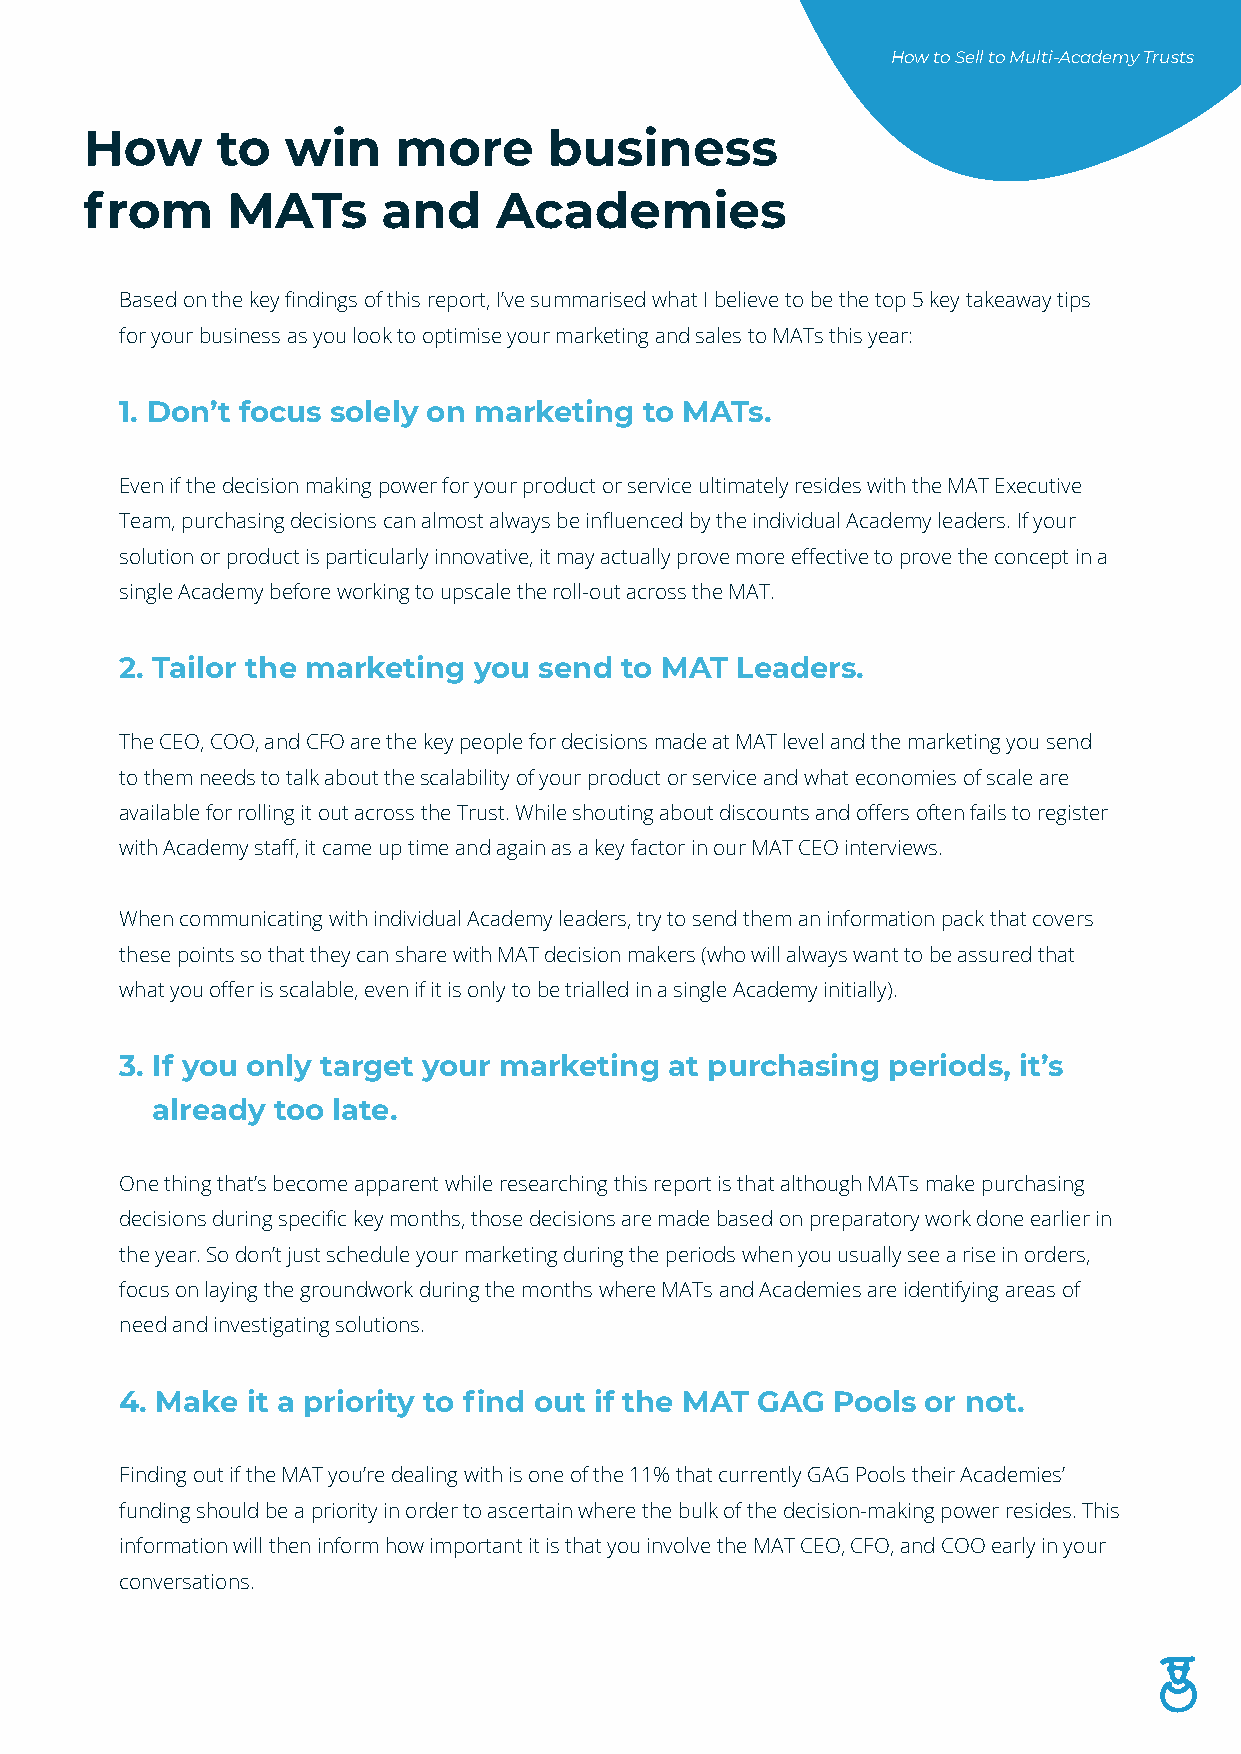
How to Sell to Multi-Academy Trusts
 How     to   win    more      business
 from     MATs      and     Academies
 Based on the key findings of this report, I’ve summarised what I believe to be the top 5 key takeaway tips
 for your business as you look to optimise your marketing and sales to MATs this year:
 1. Don’t focus solely on marketing to MATs.
 Even if the decision making power for your product or service ultimately resides with the MAT Executive
 Team, purchasing decisions can almost always be influenced by the individual Academy leaders. If your
 solution or product is particularly innovative, it may actually prove more effective to prove the concept in a
 single Academy before working to upscale the roll-out across the MAT.
 2. Tailor the marketing you send to MAT  Leaders.
 The CEO, COO, and CFO are the key people for decisions made at MAT level and the marketing you send
 to them needs to talk about the scalability of your product or service and what economies of scale are
 available for rolling it out across the Trust. While shouting about discounts and offers often fails to register
 with Academy staff, it came up time and again as a key factor in our MAT CEO interviews.
 When communicating with individual Academy leaders, try to send them an information pack that covers
 these points so that they can share with MAT decision makers (who will always want to be assured that
 what you offer is scalable, even if it is only to be trialled in a single Academy initially).
 3. If you only target your marketing at purchasing periods, it’s
 already too late.
 One thing that’s become apparent while researching this report is that although MATs make purchasing
 decisions during specific key months, those decisions are made based on preparatory work done earlier in
 the year. So don’t just schedule your marketing during the periods when you usually see a rise in orders,
 focus on laying the groundwork during the months where MATs and Academies are identifying areas of
 need and investigating solutions.
 4. Make it a priority to find out if the MAT GAG Pools or not.
 Finding out if the MAT you’re dealing with is one of the 11% that currently GAG Pools their Academies’
 funding should be a priority in order to ascertain where the bulk of the decision-making power resides. This
 information will then inform how important it is that you involve the MAT CEO, CFO, and COO early in your
 conversations.